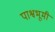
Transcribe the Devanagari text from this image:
पाश्वभूमी